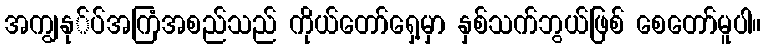
အကျွနု်ပ်အကြံအစည်သည် ကိုယ်တော်ရှေ့မှာ နှစ်သက်ဘွယ်ဖြစ် စေတော်မူပါ။